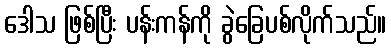
ဒေါသ ဖြစ်ပြီး ပန်းကန်ကို ခွဲခြေပစ်လိုက်သည်။